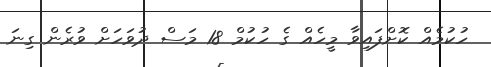
ހުކުމެއް ކޮށްފައިވާ މީހެއް ގެ ހުކުމް 18 މަސް ދުވަހަށް ވުރެން ގިނަ